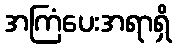
အကြံပေးအရာရှိ